Leningradi_Edasi_toimetus, lk 69
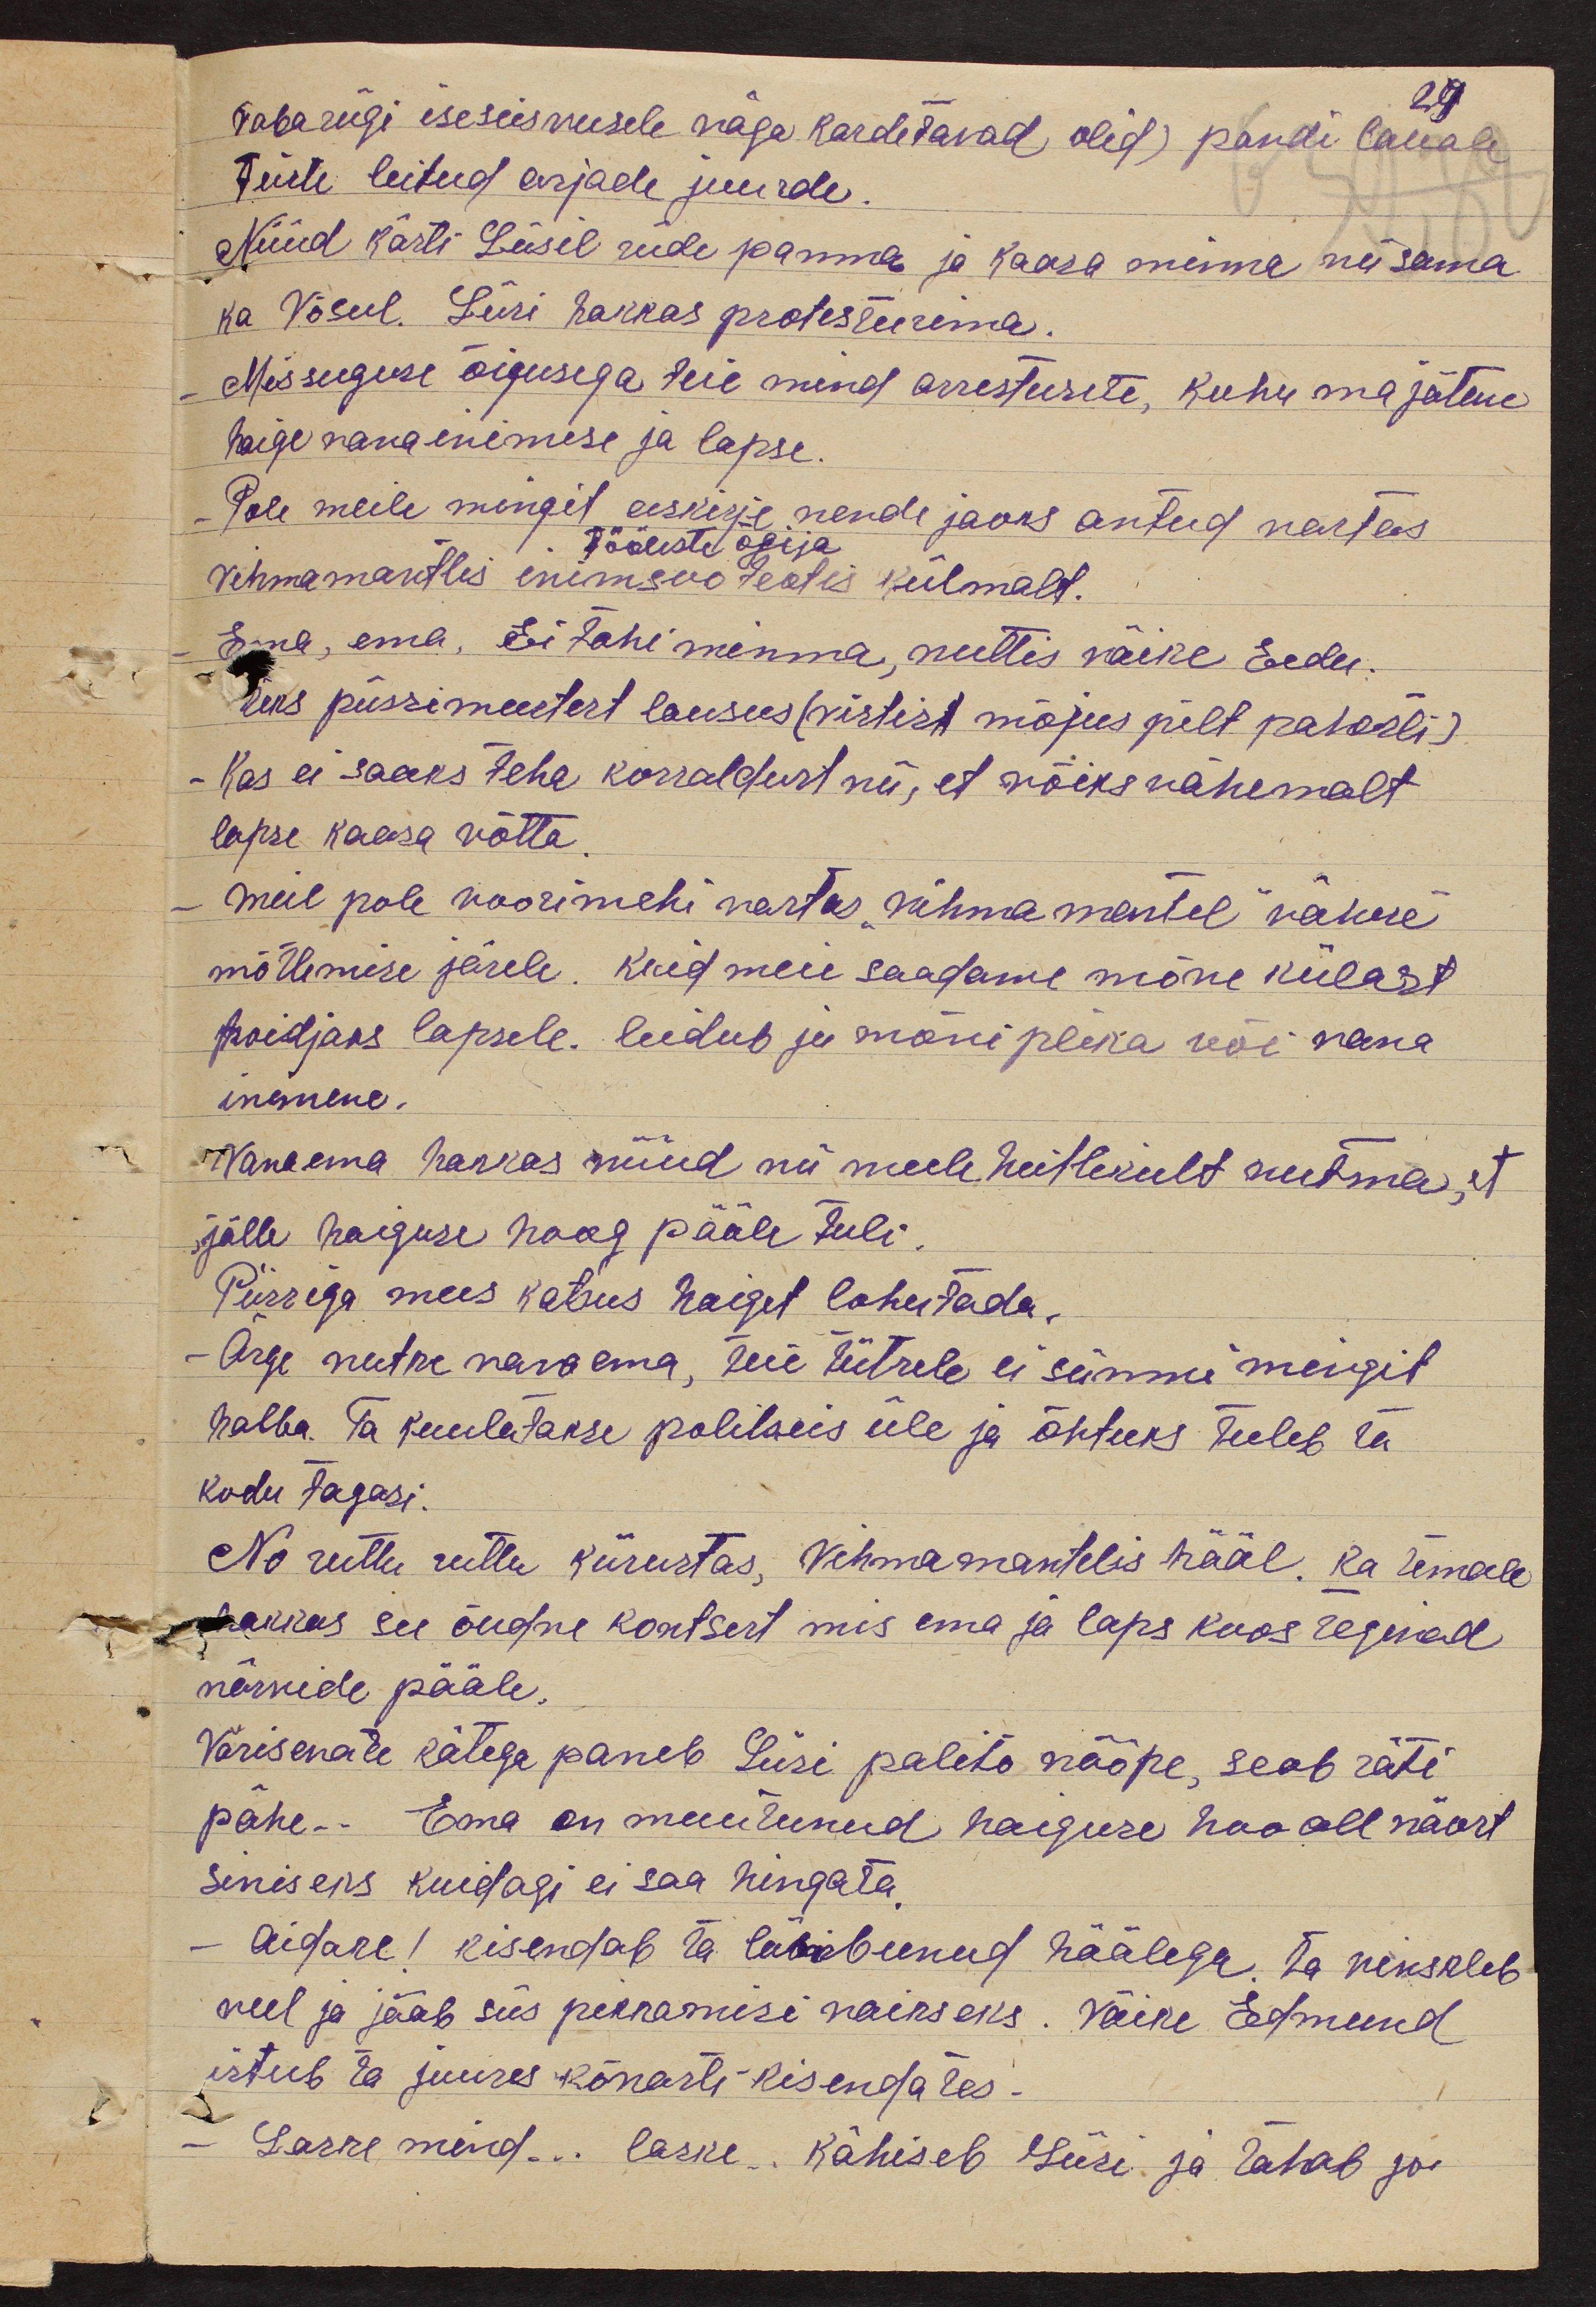
vabariigi iseseisvusele väga kardetavad olid) pandi lauale
29
teiste leitud asjade juurde.
Nüüd kästi Liisil riide panna ja kaasa minna nii sama
ka Võsul. Liisi hakkas protesteerima.
Missuguse õigusega teie mind arresteerite, kuhu ma jätane
haige vanainimese ja lapse.
Pole meile mingit eeskirje nende jaoks antud vastas
tööliste õgija
vihmamantlis inimsoo teotis külmalt.
Ema, ema, Ei tohi minna, nuttis väike Eedu.
Üks püssimeestest lausus (vistist mõjus pilt pahasti)
Kas ei saaks teha korraldust nii, et võiks vähemalt
lapse kaasa võtta
Meil pole voorimehi vastas "vihmamantel" vähese
mõtlemise järele. Kuid meie saadame mõne külast
hoidjaks lapsele. leidub ju mõni plika või vana
inimene.
Vanaema hakkas nüüd nii meeleheitlikult nutma, et
jälle haiguse hoog pääle tuli.
Püssiga mees katsus haiget lohutada.
- Ärge nutke vanaema, teie tütrele ei sünni mingit
halba. Ta kuulatakse politseis üle ja õhtuks tuleb ta
kodu tagasi.
No ruttu ruttu kiirustas, vihmamantelis hääl. Ka temale
hakkas see õudne kontsert mis ema ja laps koos tegivad
närvide pääle.
Värisevate kätega paneb Liisi palito nööpe, seob räti
pähe.. Ema on muutunud haiguse hoo all näost
siniseks kuidagi ei saa hingata.
Aidake! kisendab ta lämbunud häälega. Ta vinskleb
veel ja jääb siis pikkamisi vaikseks. Väike Edmund
istub ta juures kõvasti kisendates-
Laske mind... laske. Kähiseb Liisi ja tahab jo-